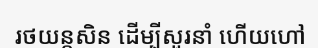
រថយន្តសិន ដើម្បីសួរនាំ ហើយហៅ